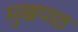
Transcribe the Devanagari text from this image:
मुखपाठ